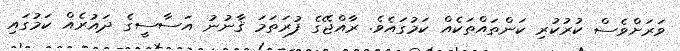
ވަރަށްވެސް ކުރުކުރި ކަންތައްތަކެއް ކަމުގައެވެ. ރާއްޖޭގެ ފުރަތަމަ ޤާނުނު އަސާސީގެ ދައުރެއް ކަމުގައި